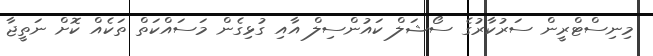
މިނިސްޓްރީން ސަރުކާރުގެ ސޯޝަލް ކައުންސިލް އާއި ގުޅިގެން މަސައްކަތް ތަކެއް ކޮށް ނަތީޖާ